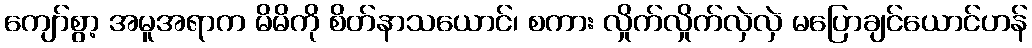
ကျော်စွာ့ အမူအရာက မိမိကို စိတ်နာသယောင်၊ စကား လှိုက်လှိုက်လှဲလှဲ မပြောချင်ယောင်ဟန်